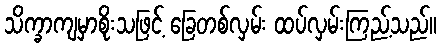
သိက္ခာကျမှာစိုးသဖြင့် ခြေတစ်လှမ်း ထပ်လှမ်းကြည့်သည်။